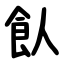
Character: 飤